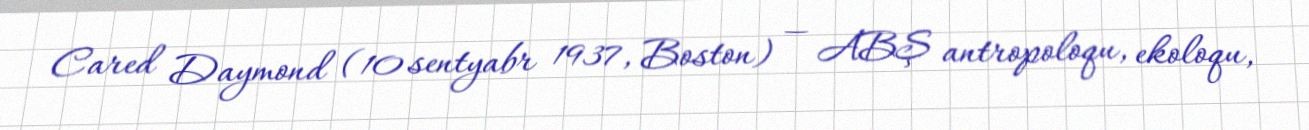
Cared Daymond (10 sentyabr 1937, Boston) — ABŞ antropoloqu, ekoloqu,